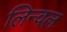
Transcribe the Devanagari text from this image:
लिन्वल